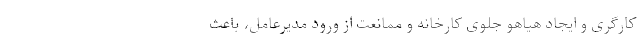
کارگری و ایجاد هیاهو جلوی کارخانه و ممانعت از ورود مدیرعامل، باعث